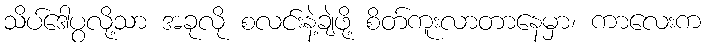
သိပ်ဒေါပွလို့သာ အခုလို စလင်းနဲ့ချဲဖို့ စိတ်ကူးလာတာနေမှာ၊ ကာလေးက